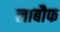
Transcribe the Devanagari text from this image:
लाबौफ